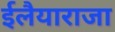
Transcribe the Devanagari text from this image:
ईलैयाराजा